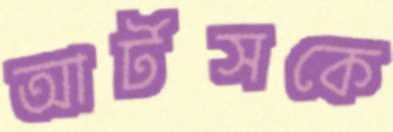
আর্টসকে